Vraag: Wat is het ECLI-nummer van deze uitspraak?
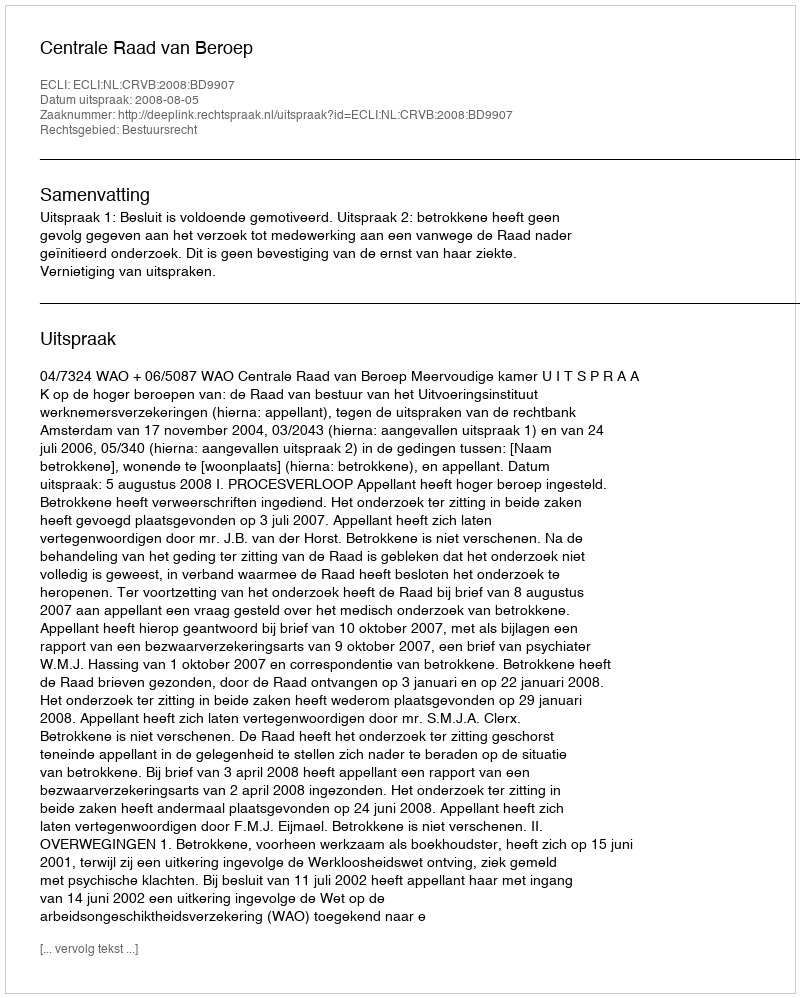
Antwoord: ECLI:NL:CRVB:2008:BD9907